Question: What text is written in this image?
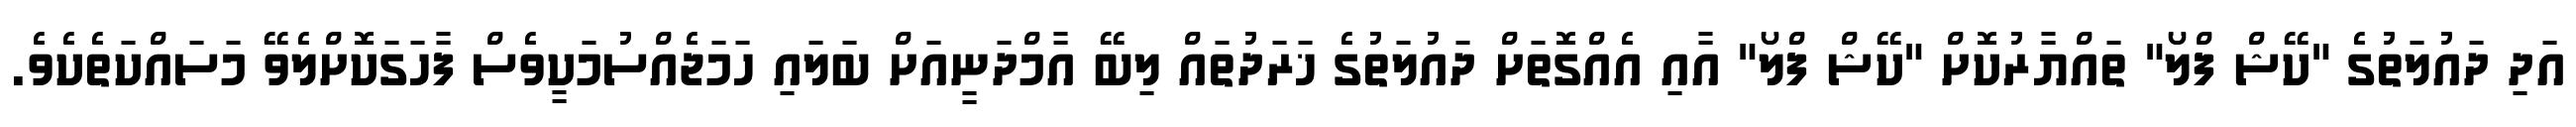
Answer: އަދި ދައުލަތުގެ "ކޭޝް ފްލޯ" ތައްޔާރުކޮށް "ކޭޝް ފްލޯ" އާއި އެއްގޮތަށް ދައުލަތުގެ ޚަރަދުތައް ލިބޭ އާމްދަނީއަށް ބަލައި ހަމަޖެއްސުމަކީވެސް ފާހަގަކޮށްލެވޭ މަސައްކަތެކެވެ.